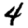
Digit: 4